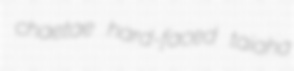
chaetae hard-faced taiaha